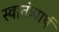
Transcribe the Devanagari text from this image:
स्वातंत्र्यार्थ